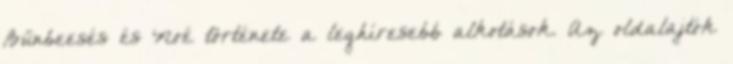
Bűnbeesés és Noé története a leghíresebb alkotások. Az oldalajtók